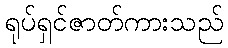
ရုပ်ရှင်ဇာတ်ကားသည်